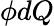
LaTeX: \phi dQ